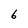
Character: 6